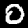
Label: 0